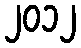
၂၀၁၂